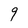
Character: 9